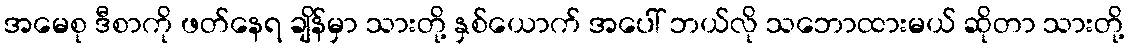
အမေစု ဒီစာကို ဖတ်နေရ ချိန်မှာ သားတို့ နှစ်ယောက် အပေါ် ဘယ်လို သဘောထားမယ် ဆိုတာ သားတို့